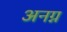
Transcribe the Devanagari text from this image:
अनग्न